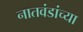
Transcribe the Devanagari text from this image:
नातवंडांच्या